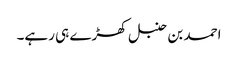
احمد بن حنبل کھڑے ہی رہے۔